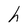
Character: h